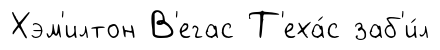
Хэм'илтон В'егас Т'еха́с заб'и́л